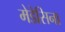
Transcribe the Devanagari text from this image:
मेडेसिना